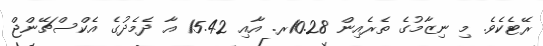
ރޭޓެކެވެ. މި ނިޒާމުގެ ތެރެއިން 10.28ރ. އާއި 15.42 އާ ދެމެދުގެ އެކްސްޗޭންޖް